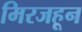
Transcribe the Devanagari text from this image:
मिरजहून